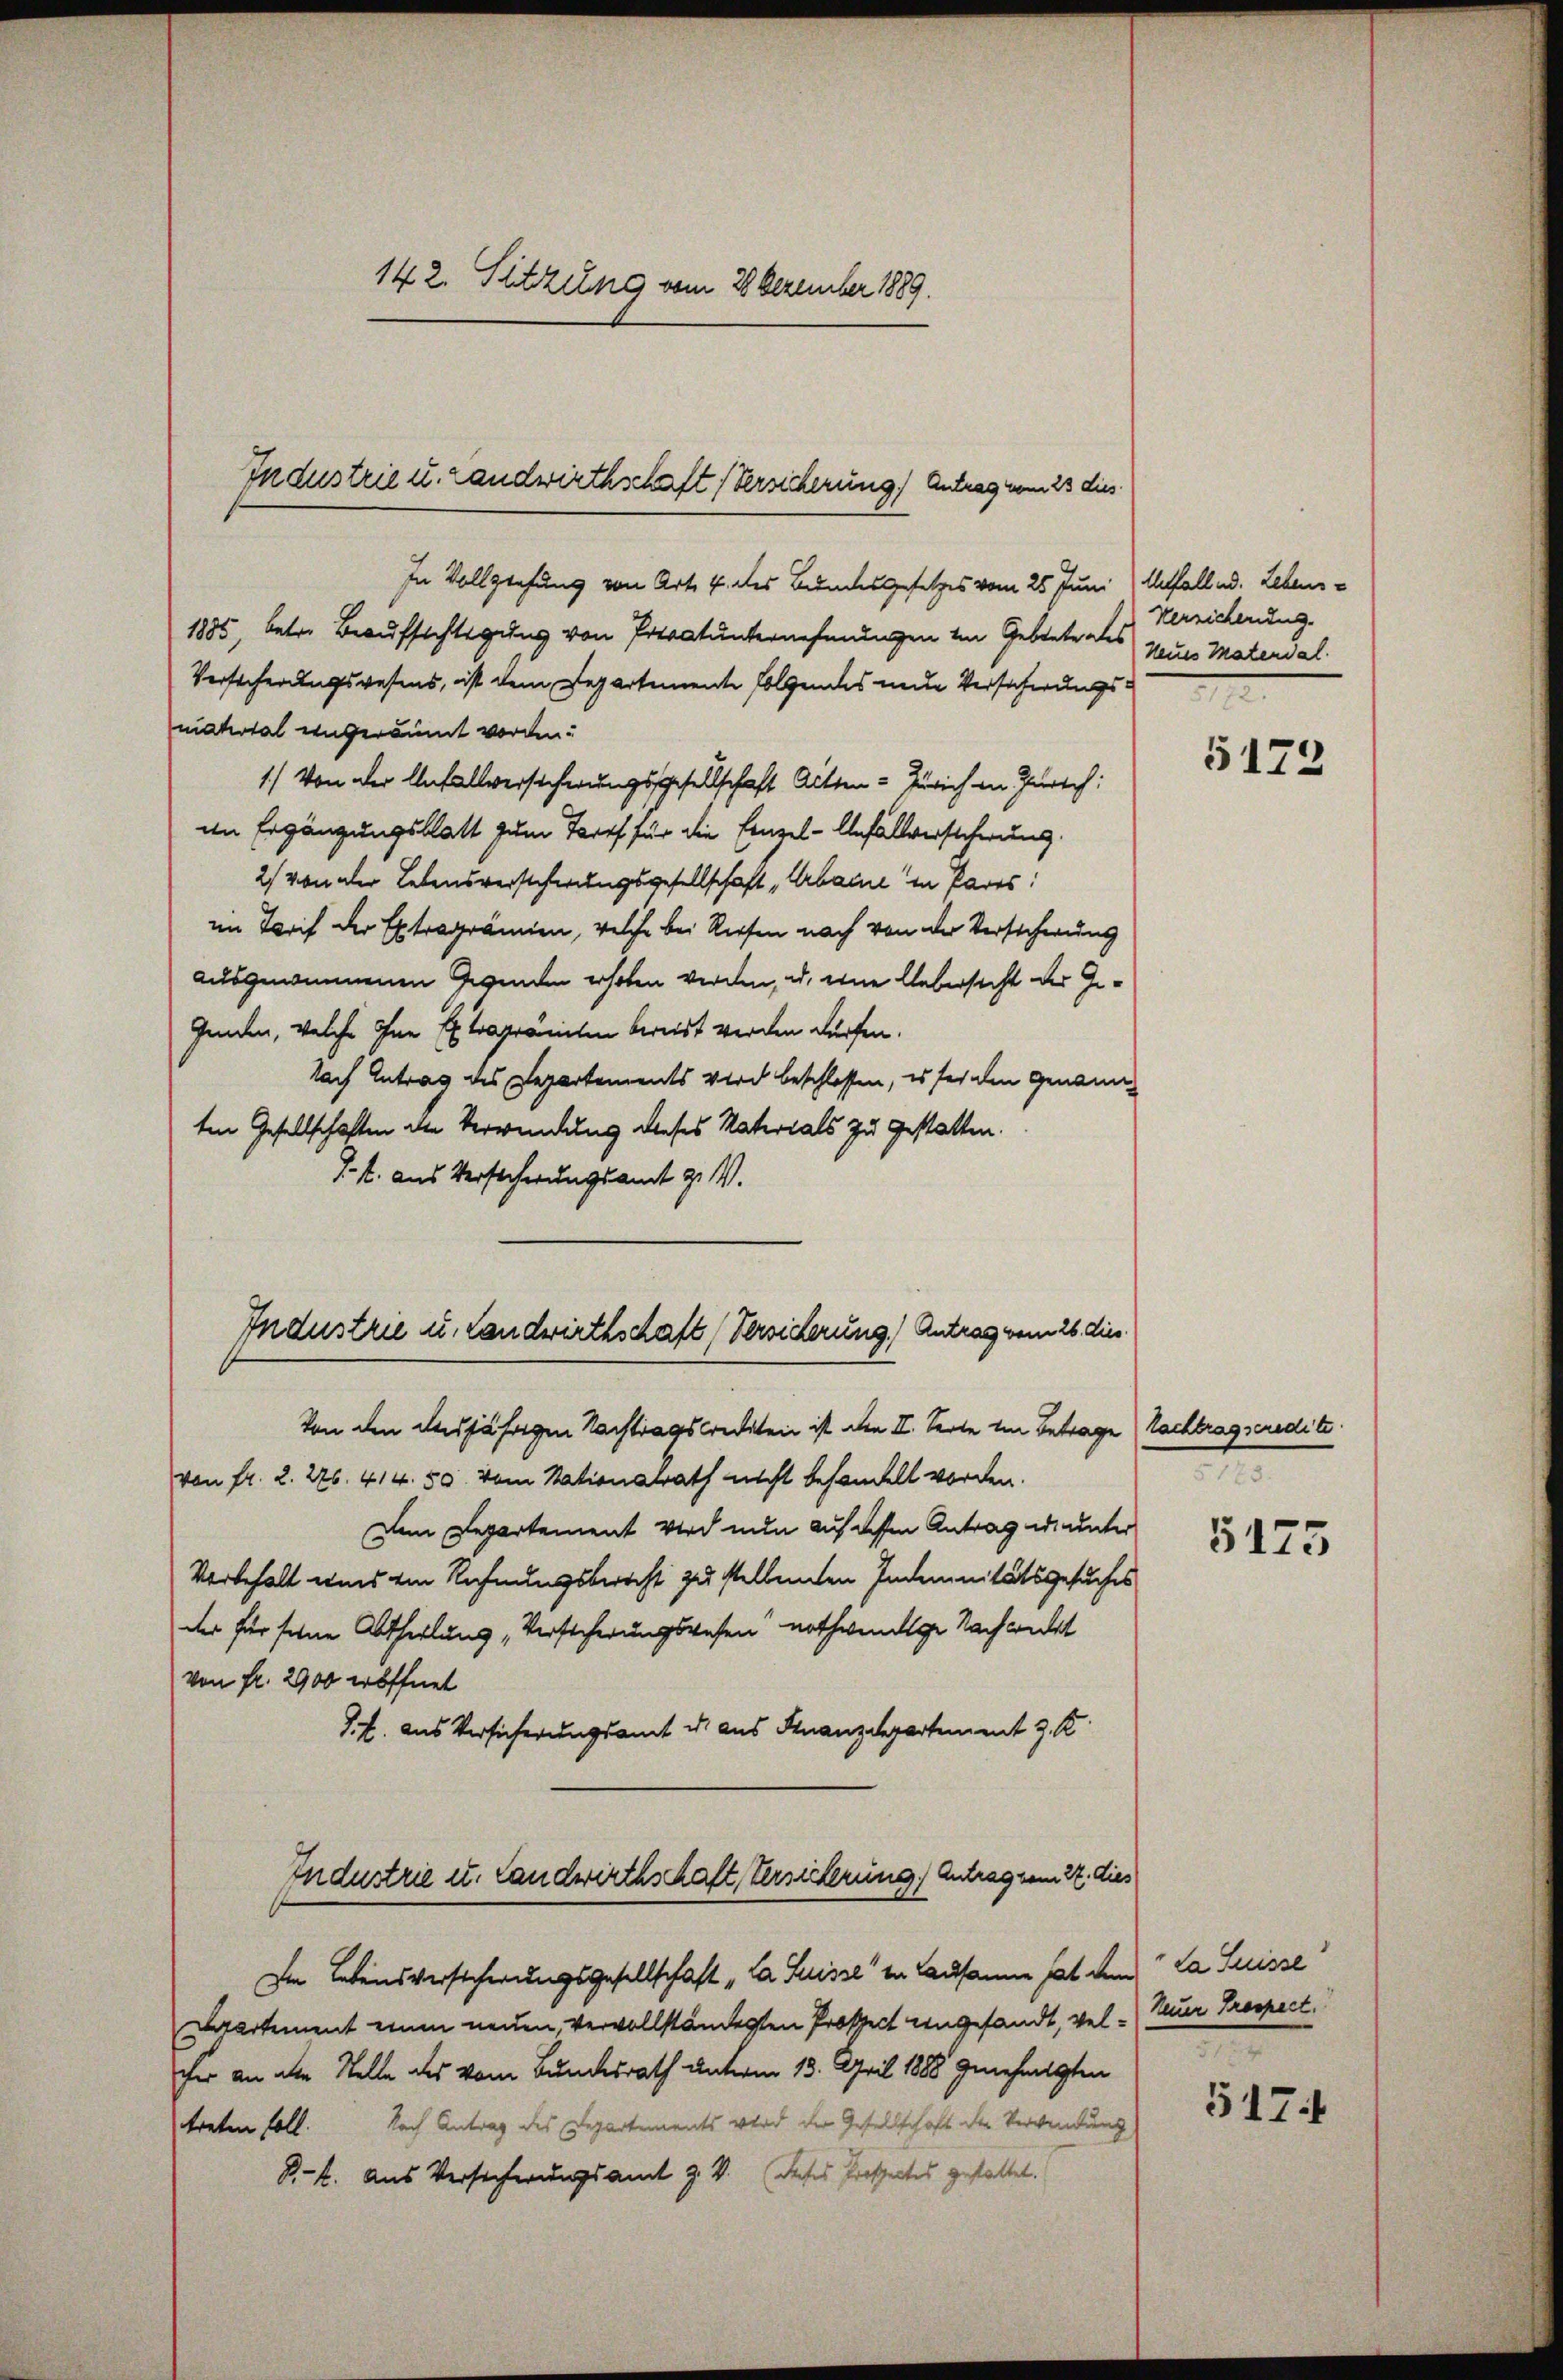
142. Sitzung vom 26. Dezember 1889.

Industrie u. Landwirthschaft (Versicherung) Antrag vom 23 dies

In Vollziehung von Art. 4 des Bundesgesetzes vom 25. Juni / Unfall ad. Lebens¬
1885, betr. Beaufsichtigung von Privatunternehmungen im Gebiete als neues Material
Versicherungswesens, ist dem Departemente folgendes neue Versicherungs
matotal eingeräumt worden.
1.) Von der Anfallversicherungsgesellschaft Gitten - Zürich in Zürich:
in Ergänzungsblatt zum Torf für die Einzel-Anfallversicherung.
2) von der Lebensversteherungsgesellschaft „Arbaine in Pares.
im Tarif der Extraprämien, welche bei Riesen nach von der Versicherung
ausgenommenen Gegenden erhoben werden, u. eine Uebersicht der Ge¬
Gunden, welche ohne Extraprämten bereist werden dürfen.
Nach Antrag des Departements Wird beschlossen, es sei den Genannten Gesellschaften der Verwendung dieses Vaterials zu gestatten.
1.s. aus Versicherungsamt z. V.
Von den Aujährigen Nachtragskrediten ist den II. Secte im Betrage
von fr. 2. 226. 414. 50. vom Nationalrath nicht behandelt worden.
Dem Departement wird nun auf dessen Antrag u. unter
Vorbehalt und ein Rechnungsbericht zu stellenden Indemnitätsgesuches
der für seine Abtheilung „Versicherungswesen nothwendige Nachwicht
von fr. 2900 eröffnet
I. E. aus Versicherungsamt u. aus Finanzdepartement J. K.
Industrie u. Landwirthschaft Versicherung, Antrag vom 22. dies
Im Lebensversicherungsgesellschaft „la Suisse in Lausanne hat dem La Suisse
Caartement einen neuen, vervollständerten Prospect angesandt, vel - Neuer Prospect.
cher an aber Stelle des vom Bundesrath unterm 13. April 1888 genehmigten
treten soll. Nach Antrag des Departements wird der Gesellschaft der Verwendung
B-k. Aus Versicherungsamt Z. V. Dieses Protectes gestattet.

Industrie u. Landwirthschaft (Versicherung. Antrag vom 26. dies

Versicherung.

5172

tachtragseredite
t

5175

n

517